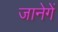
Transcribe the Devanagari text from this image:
जानेगें